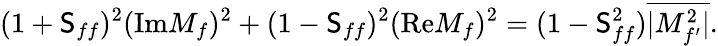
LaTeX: (1+\mathsf{S}_{ff})^{2}(\mathrm{{Im}}M_{f})^{2}+(1-\mathsf{S}_{ff})^{2}(\mathrm{{Re}}M_{f})^{2}=(1-\mathsf{S}_{ff}^{2})\overline{{{{|M_{f^{\prime}}^{2}|}}}}.